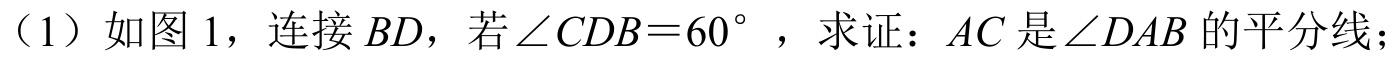
（1）如图 1，连接$BD$，若$\angle CDB = 60^{\circ}$，求证：$AC$是$\angle DAB$的平分线；